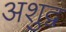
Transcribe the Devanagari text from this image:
अशुद्व